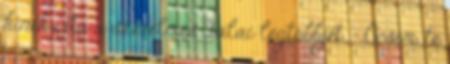
kinek írta a szerelmes dalai legtöbbjét. - Öcsém, te